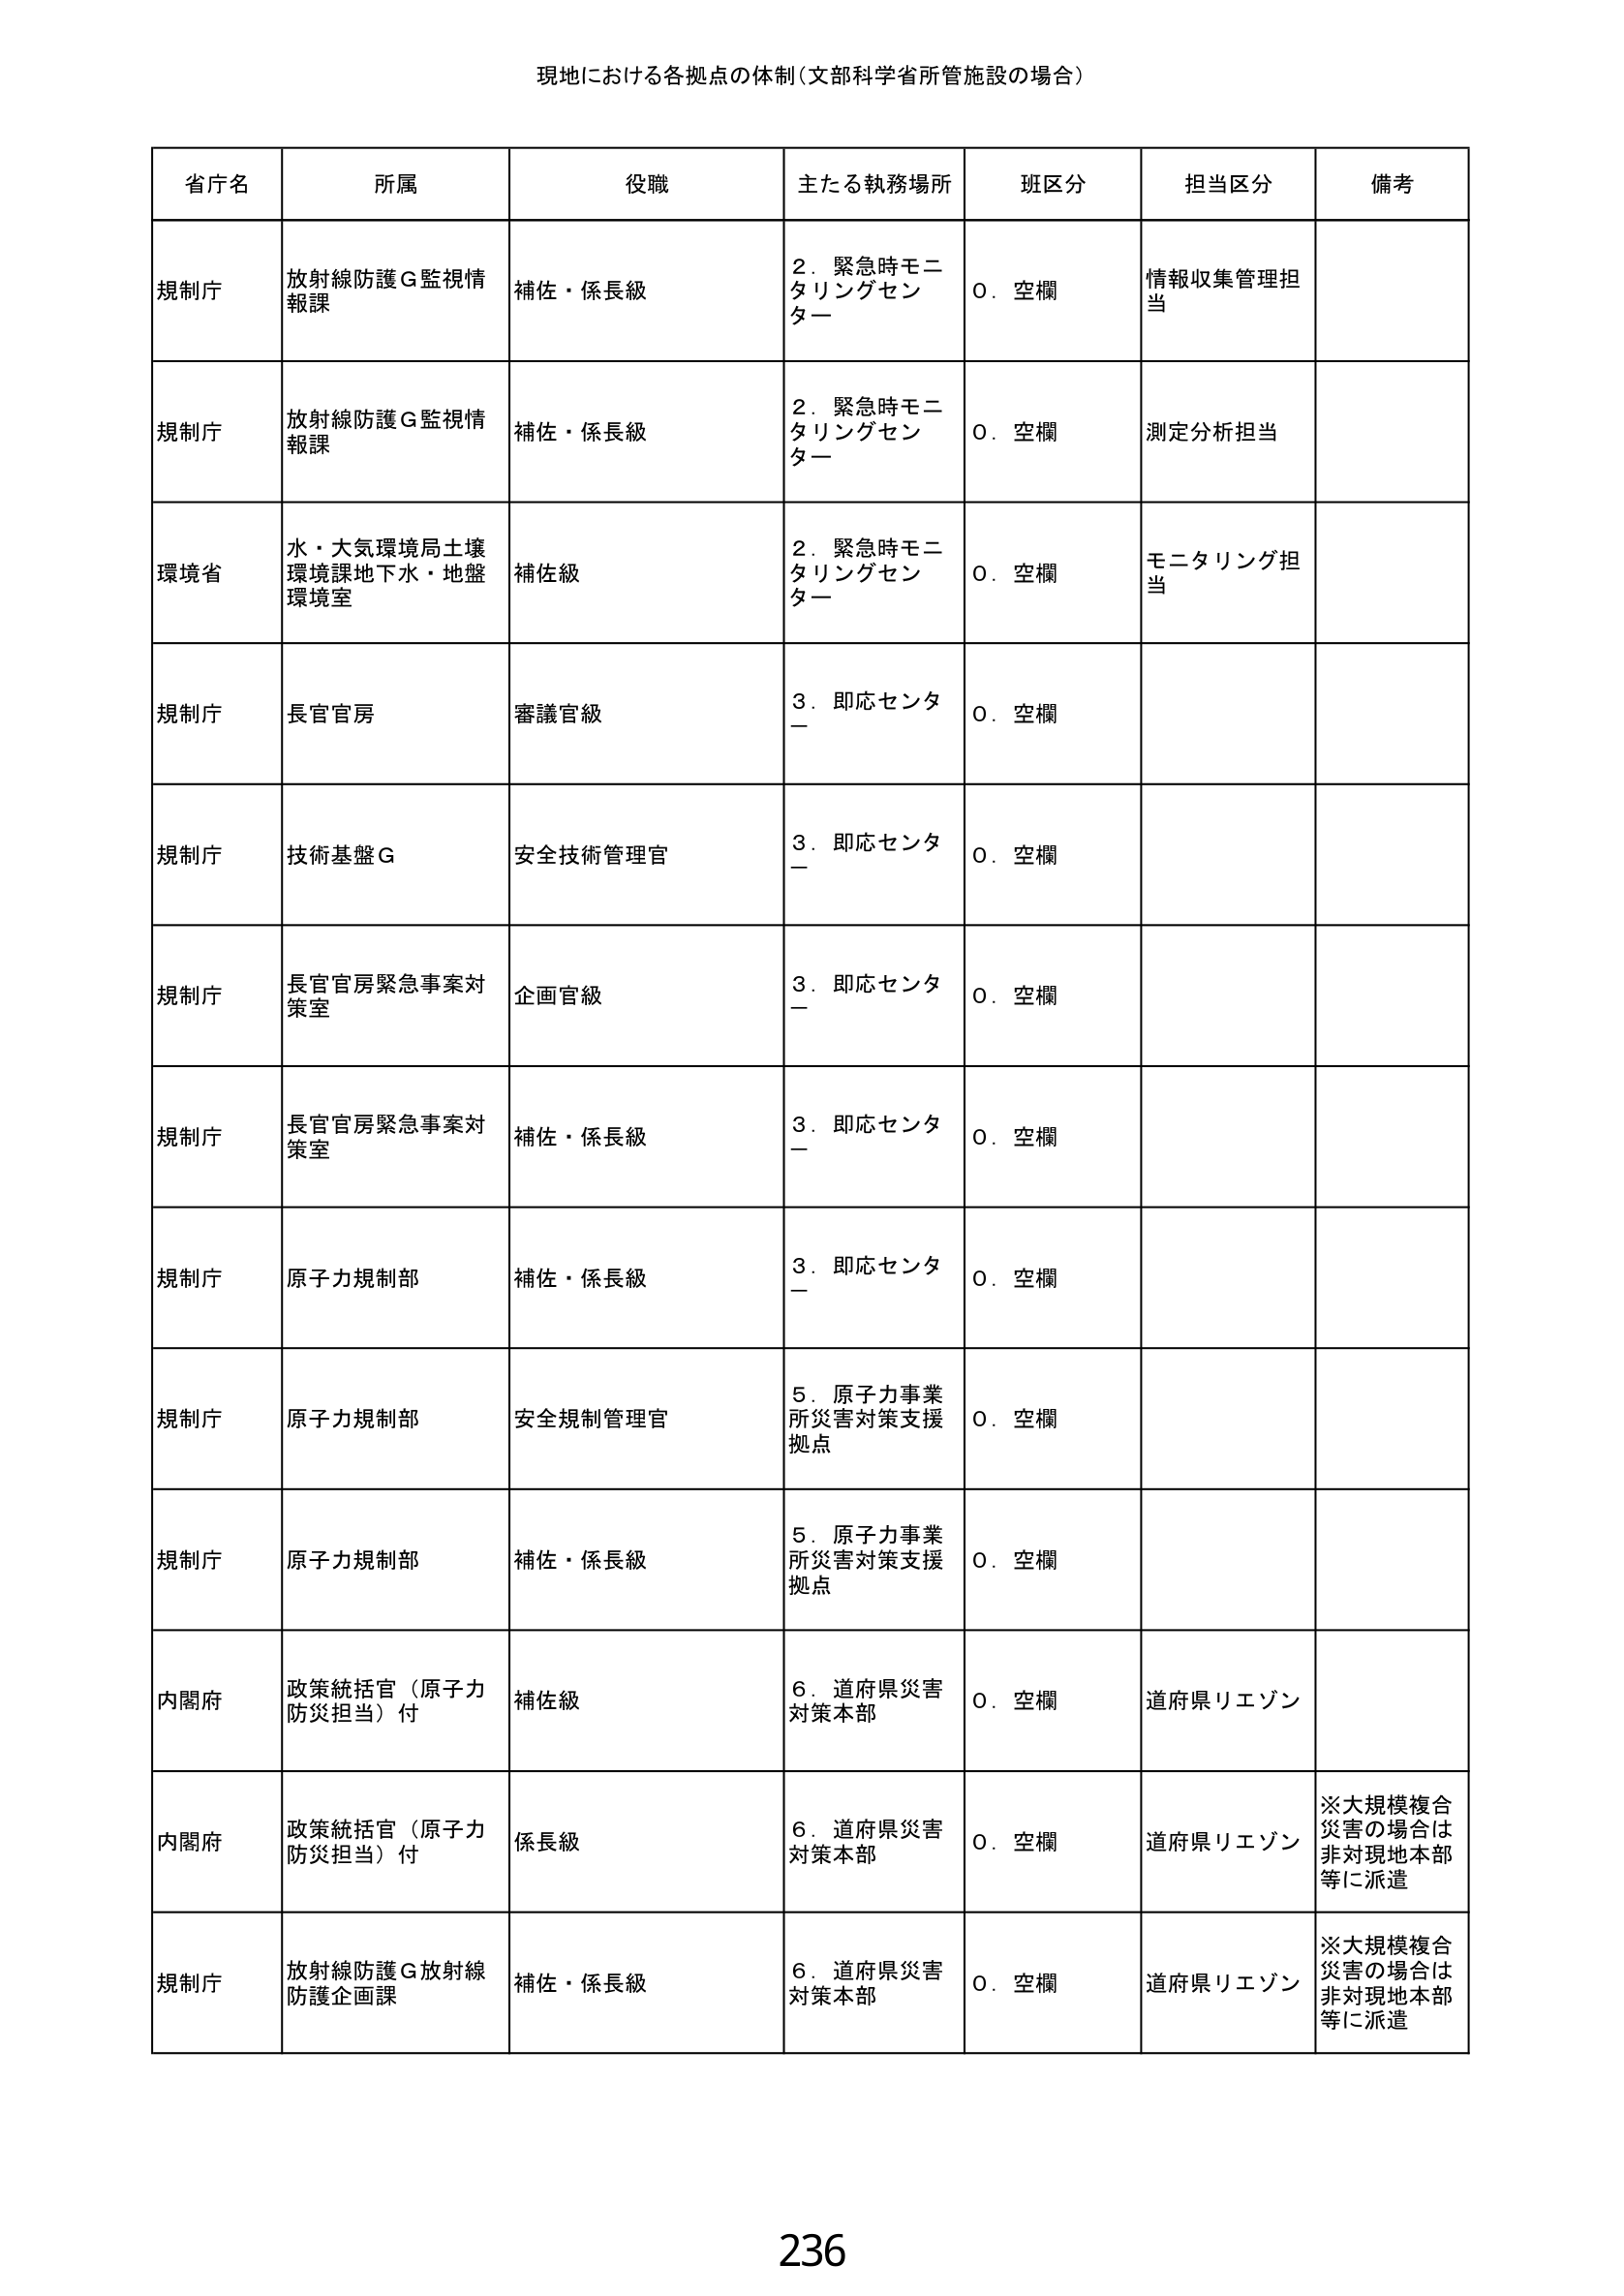
現地における各拠点の体制（文部科学省所管施設の場合）

省庁名　所属　役職　主たる執務場所　班区分　担当区分　備考

規制庁　放射線防護G監視情報課　補佐・係長級　2．緊急時モニタリングセンター　0．空欄　情報収集管理担当

規制庁　放射線防護G監視情報課　補佐・係長級　2．緊急時モニタリングセンター　0．空欄　測定分析担当

環境省　水・大気環境局土壌環境課地下水・地盤環境室　補佐級　2．緊急時モニタリングセンター　0．空欄　モニタリング担当

規制庁　長官官房　審議官級　3．即応センター　0．空欄

規制庁　技術基盤G　安全技術管理官　3．即応センター　0．空欄

規制庁　長官官房緊急事案対策室　企画官級　3．即応センター　0．空欄

規制庁　長官官房緊急事案対策室　補佐・係長級　3．即応センター　0．空欄

規制庁　原子力規制部　補佐・係長級　3．即応センター　0．空欄

規制庁　原子力規制部　安全規制管理官　5．原子力事業所災害対策支援拠点　0．空欄

規制庁　原子力規制部　補佐・係長級　5．原子力事業所災害対策支援拠点　0．空欄

内閣府　政策統括官（原子力防災担当）付　補佐級　6．道府県災害対策本部　0．空欄　道府県リエゾン

内閣府　政策統括官（原子力防災担当）付　係長級　6．道府県災害対策本部　0．空欄　道府県リエゾン　※大規模複合災害の場合は非対現地本部等に派遣

規制庁　放射線防護G放射線防護企画課　補佐・係長級　6．道府県災害対策本部　0．空欄　道府県リエゾン　※大規模複合災害の場合は非対現地本部等に派遣

236